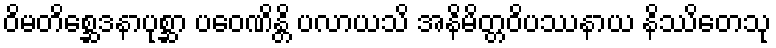
ဝိမတိစ္ဆေဒနာပုစ္ဆာ ပဝေဏိန္တိ ပလာယသိ အနိမိတ္တဝိပဿနာယ နိဿိတေသု